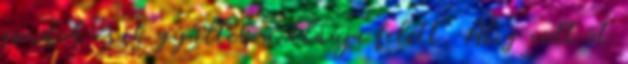
gondok csak gyűltek a klánja felett. Alig volt öt